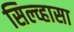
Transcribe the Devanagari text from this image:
सिल्व्हासा